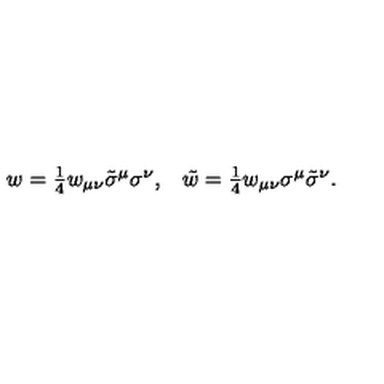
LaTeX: \begin{array} { c c } { w = \textstyle { \frac { 1 } { 4 } } w _ { \mu \nu } \tilde { \sigma } ^ { \mu } \sigma ^ { \nu } , } & { \tilde { w } = \textstyle { \frac { 1 } { 4 } } w _ { \mu \nu } \sigma ^ { \mu } \tilde { \sigma } ^ { \nu } . } \\ \end{array}